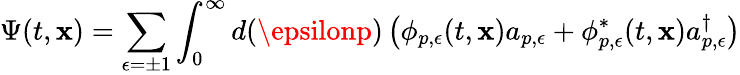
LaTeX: \Psi(t,\mathbf{x})=\sum_{\epsilon=\pm1}\int_{0}^{\infty}d(\epsilonp)\left(\phi_{p,\epsilon}(t,\mathbf{x})a_{p,\epsilon}+\phi_{p,\epsilon}^{\ast}(t,\mathbf{x})a_{p,\epsilon}^{\dagger}\right)